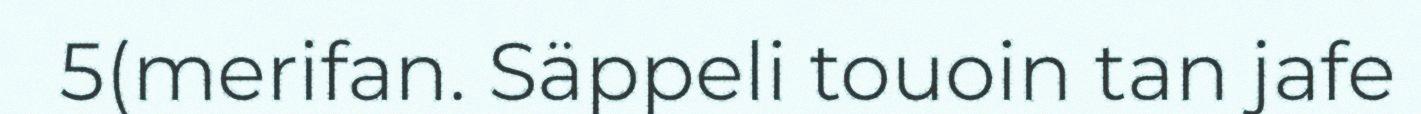
5(merifan. Säppeli touoin tan jafe